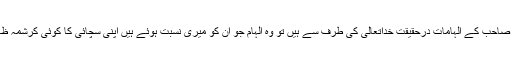
پس اگر منشی صاحب کے الہامات درحقیقت خداتعالیٰ کی طرف سے ہیں تو وہ الہام جو اُن کو میری نسبت ہوئے ہیں اپنی سچائی کا کوئی کرشمہ ظاہر کریں گے۔